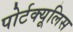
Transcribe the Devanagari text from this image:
पोर्टक्यूलिस